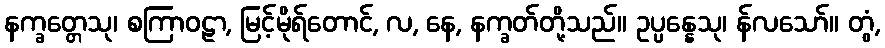
နက္ခတ္တေသု၊ စကြာဝဠာ, မြင့်မိုရ်တောင်, လ, နေ, နက္ခတ်တို့သည်။ ဥပ္ပန္နေသု၊ န်လသော်။ တွံ,